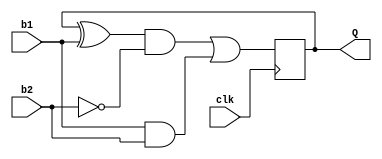
/* Implement a positive edge-triggered flip-flop 
which takes in two bits as inputs and outputs a 
single bit.
Truth Table: 
    B1  B2  Qt  Qt+1
    0   0   0   0
    0   0   1   1
    0   1   0   0
    0   1   1   0
    1   0   0   1
    1   0   1   0
    1   1   0   1
    1   1   1   1
*/
`timescale 1ns/1ns

module flipflop(
    input b1, b2, clk,
    output reg Q
);

always@(posedge clk)
begin
    Q = ((Q^b1) & ~b2) | (b1 & b2) ; 
end

endmodule

module tb;
    reg B1=0;   
    reg B2=0;   
    reg clk=0;
    wire Q;

    // assign Q = 0; 

    flipflop anything(B1, B2, clk, Q);

    always begin
        clk = ~clk;
        #10; 
    end

    initial begin
        $dumpfile("flipflop.vcd");
        $dumpvars(0, tb);
        $monitor("B1=%b, B2=%b, Q=%b", B1,B2,Q);
        B1=0; B2=0; #40;
        B1=0; B2=0; #45;
        B1=0; B2=1; #40;
        B1=0; B2=1; #45;
        B1=0; B2=1; #40;
        B1=1; B2=0; #45;
        B1=1; B2=0; #40;
        B1=1; B2=1; #45;
        B1=1; B2=1; #40;
        B1=0; B2=0; #45;
        B1=0; B2=0; #40;
        B1=0; B2=1; #45;
        B1=0; B2=1; #40;
        B1=0; B2=1; #45;

        $finish; 
    end 
endmodule